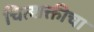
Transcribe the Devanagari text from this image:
चित्शक्तीचा